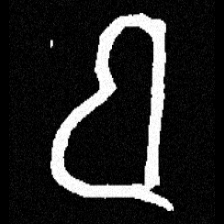
Pyu character \u2014 Myanmar letter: ဗ (romanized: ba)